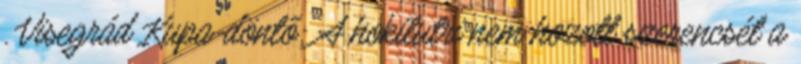
. Visegrád Kupa-döntő: A hokilutri nem hozott szerencsét a